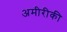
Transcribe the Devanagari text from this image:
अमीरीकी